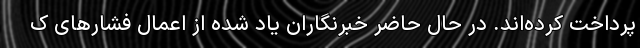
پرداخت کرده‌اند. در حال حاضر خبرنگاران یاد شده از اعمال فشارهای ک